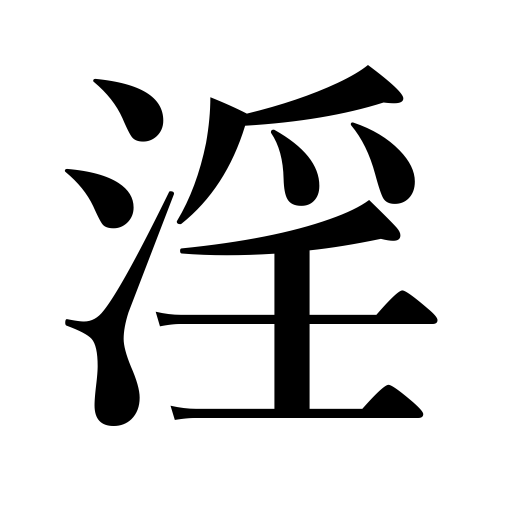
Meanings: indecent,lewdness,licentious,lewd,licentiousness